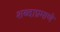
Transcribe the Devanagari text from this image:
शब्दाप्रमाणे